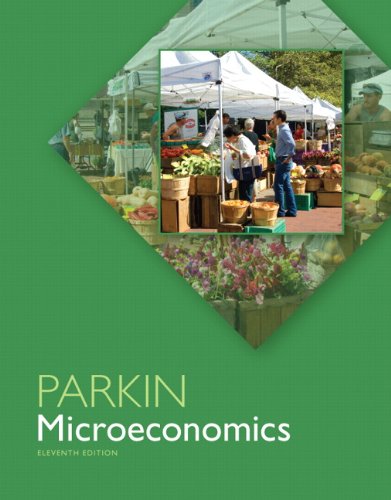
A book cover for Microeconomics (11th Edition); Michael Parkin; Business & Money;